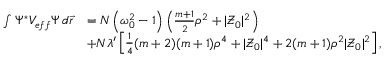
\begin{array} { r l } { \int \Psi ^ { * } V _ { e f f } \Psi \, d \vec { r } } & { = N \left( { \omega _ { 0 } ^ { 2 } } - 1 \right) \left( \frac { m + 1 } { 2 } \rho ^ { 2 } + | \mathcal { Z } _ { 0 } | ^ { 2 } \right) } \\ & { + N \lambda ^ { \prime } \left[ \frac { 1 } { 4 } ( m + 2 ) ( m + 1 ) \rho ^ { 4 } + | \mathcal { Z } _ { 0 } | ^ { 4 } + 2 ( m + 1 ) \rho ^ { 2 } | \mathcal { Z } _ { 0 } | ^ { 2 } \right] , } \end{array}